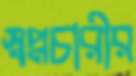
স্বপ্নচারীর